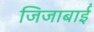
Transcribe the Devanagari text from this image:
जिजाबाईं